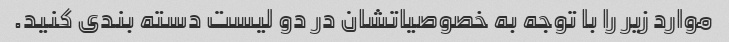
موارد زیر را با توجه به خصوصیاتشان در دو لیست دسته بندی کنید.